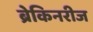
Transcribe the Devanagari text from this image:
ब्रेकिनरीज